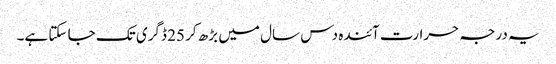
یہ درجہ حرارت آئندہ دس سال میں بڑھ کر 25 ڈگری تک جا سکتا ہے۔